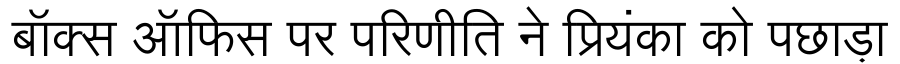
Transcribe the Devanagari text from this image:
बॉक्स ऑफिस पर परिणीति ने प्रियंका को पछाड़ा